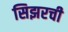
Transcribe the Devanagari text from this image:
सिझरची